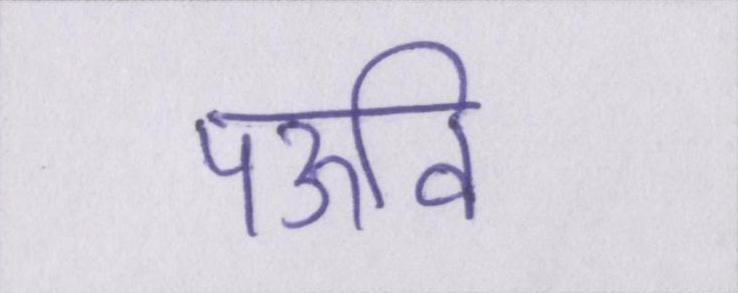
पऊवि